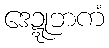
ဒေဍ္ဍုဘကံ